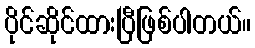
ပိုင်ဆိုင်ထားပြီဖြစ်ပါတယ်။